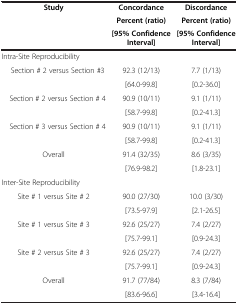
| <ROWSPAN=3> Study | Concordance | Discordance |
 | Percent (ratio) | Percent (ratio) |
 | [95% Confidence Interval] | [95% Confidence Interval] |
 | --- | --- | --- |
 | Intra-Site Reproducibility |  |  |
 | <ROWSPAN=2> Section # 2 versus Section #3 | 92.3 (12/13) | 7.7 (1/13) |
 | [64.0-99.8] | [0.2-36.0] |
 | <ROWSPAN=2> Section # 2 versus Section # 4 | 90.9 (10/11) | 9.1 (1/11) |
 | [58.7-99.8] | [0.2-41.3] |
 | <ROWSPAN=2> Section # 3 versus Section # 4 | 90.9 (10/11) | 9.1 (1/11) |
 | [58.7-99.8] | [0.2-41.3] |
 | <ROWSPAN=2> Overall | 91.4 (32/35) | 8.6 (3/35) |
 | [76.9-98.2] | [1.8-23.1] |
 | Inter-Site Reproducibility |  |  |
 | <ROWSPAN=2> Site # 1 versus Site # 2 | 90.0 (27/30) | 10.0 (3/30) |
 | [73.5-97.9] | [2.1-26.5] |
 | <ROWSPAN=2> Site # 1 versus Site # 3 | 92.6 (25/27) | 7.4 (2/27) |
 | [75.7-99.1] | [0.9-24.3] |
 | <ROWSPAN=2> Site # 2 versus Site # 3 | 92.6 (25/27) | 7.4 (2/27) |
 | [75.7-99.1] | [0.9-24.3] |
 | <ROWSPAN=2> Overall | 91.7 (77/84) | 8.3 (7/84) |
 | [83.6-96.6] | [3.4-16.4] |